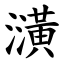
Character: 㶂